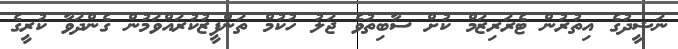
ނަޝީދުގެ އިތުރުން ޓެރަރިޒަމް ކުށް ސާބިތުވެ ޖަލު ހުކުމް ތަންފީޒުކުރައްވަމުން ގެންދަވާ ކުރީގެ